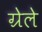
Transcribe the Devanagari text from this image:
ग्रेले